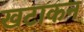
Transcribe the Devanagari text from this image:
खटाकन